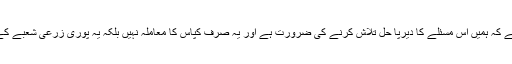
یہ واضح ہے کہ ہمیں اس مسئلے کا دیرپا حل تلاش کرنے کی ضرورت ہے اور یہ صرف کپاس کا معاملہ نہیں بلکہ یہ پوری زرعی شعبے کے لئے ہے۔